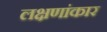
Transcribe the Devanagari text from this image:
लक्षणांकार